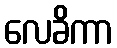
လေခိကာ